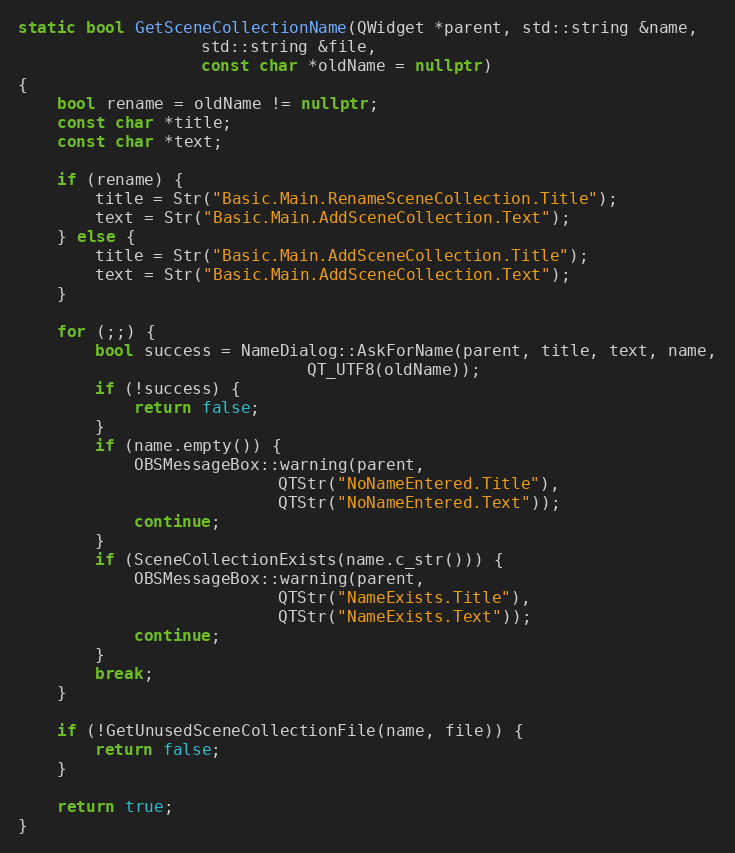
Language: C++
static bool GetSceneCollectionName(QWidget *parent, std::string &name,
				   std::string &file,
				   const char *oldName = nullptr)
{
	bool rename = oldName != nullptr;
	const char *title;
	const char *text;

	if (rename) {
		title = Str("Basic.Main.RenameSceneCollection.Title");
		text = Str("Basic.Main.AddSceneCollection.Text");
	} else {
		title = Str("Basic.Main.AddSceneCollection.Title");
		text = Str("Basic.Main.AddSceneCollection.Text");
	}

	for (;;) {
		bool success = NameDialog::AskForName(parent, title, text, name,
						      QT_UTF8(oldName));
		if (!success) {
			return false;
		}
		if (name.empty()) {
			OBSMessageBox::warning(parent,
					       QTStr("NoNameEntered.Title"),
					       QTStr("NoNameEntered.Text"));
			continue;
		}
		if (SceneCollectionExists(name.c_str())) {
			OBSMessageBox::warning(parent,
					       QTStr("NameExists.Title"),
					       QTStr("NameExists.Text"));
			continue;
		}
		break;
	}

	if (!GetUnusedSceneCollectionFile(name, file)) {
		return false;
	}

	return true;
}